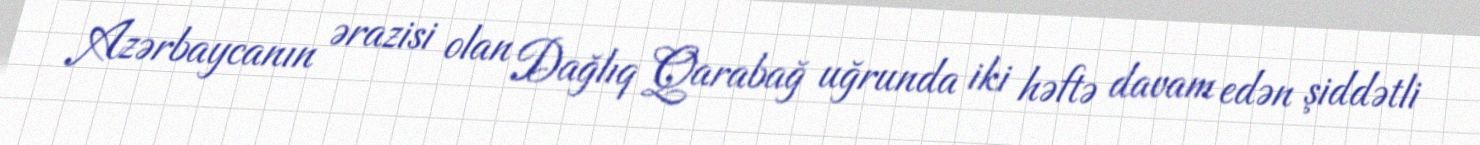
Azərbaycanın ərazisi olan Dağlıq Qarabağ uğrunda iki həftə davam edən şiddətli